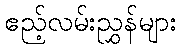
ဧည့်လမ်းညွှန်များ